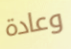
وعادة